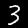
Label: 3